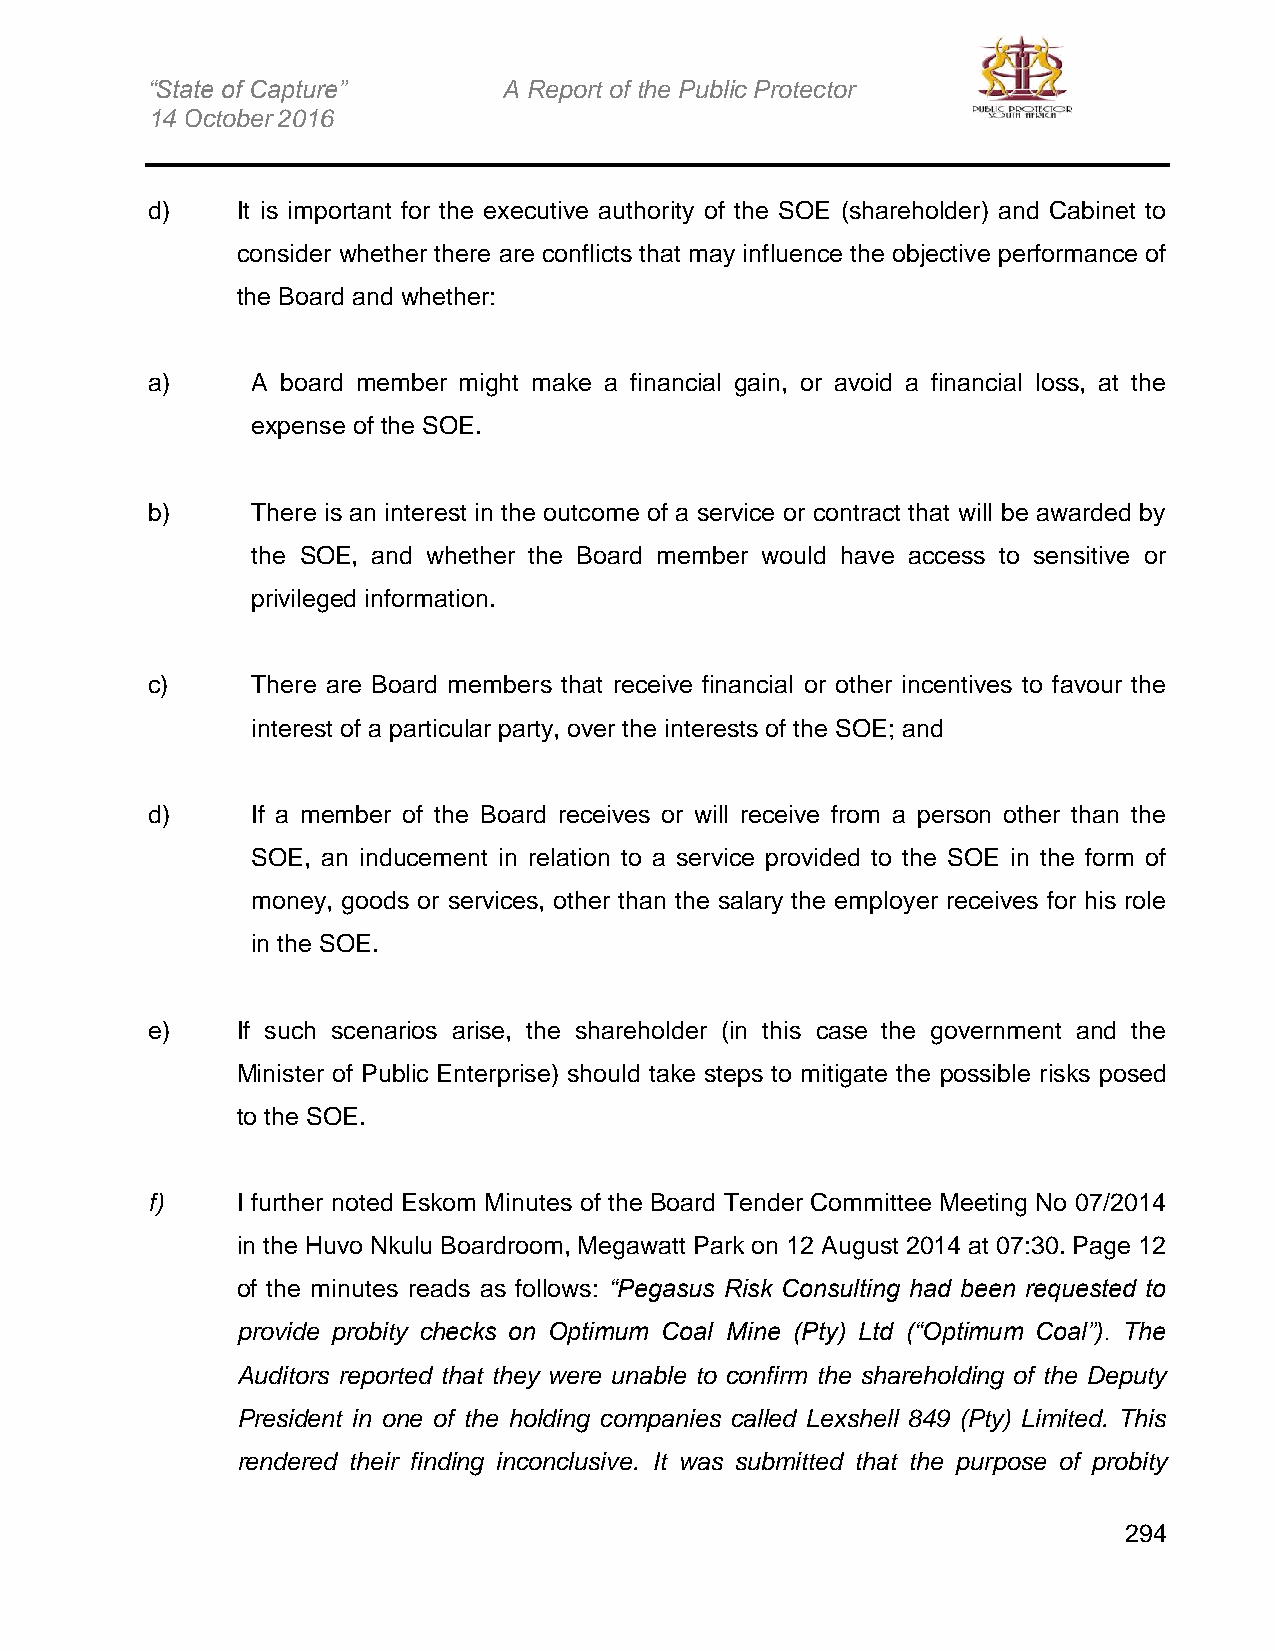
“State of Capture”     A Report of the Public Protector
 14 October 2016
 d)    It is important for the executive authority of the SOE (shareholder) and Cabinet to
 consider whether there are conflicts that may influence the objective performance of
 the Board and whether:
 a)     A board member might make a financial gain, or avoid a financial loss, at the
 expense of the SOE.
 b)     There is an interest in the outcome of a service or contract that will be awarded by
 the SOE, and whether the Board member would have access to sensitive or
 privileged information.
 c)     There are Board members that receive financial or other incentives to favour the
 interest of a particular party, over the interests of the SOE; and
 d)     If a member of the Board receives or will receive from a person other than the
 SOE, an inducement in relation to a service provided to the SOE in the form of
 money, goods or services, other than the salary the employer receives for his role
 in the SOE.
 e)    If such scenarios arise, the shareholder (in this case the government and the
 Minister of Public Enterprise) should take steps to mitigate the possible risks posed
 to the SOE.
 f)    I further noted Eskom Minutes of the Board Tender Committee Meeting No 07/2014
 in the Huvo Nkulu Boardroom, Megawatt Park on 12 August 2014 at 07:30. Page 12
 of the minutes reads as follows: “Pegasus Risk Consulting had been requested to
 provide probity checks on Optimum Coal Mine (Pty) Ltd (“Optimum Coal”). The
 Auditors reported that they were unable to confirm the shareholding of the Deputy
 President in one of the holding companies called Lexshell 849 (Pty) Limited. This
 rendered their finding inconclusive. It was submitted that the purpose of probity
 294